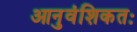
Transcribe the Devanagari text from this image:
आनुवंशिकतः